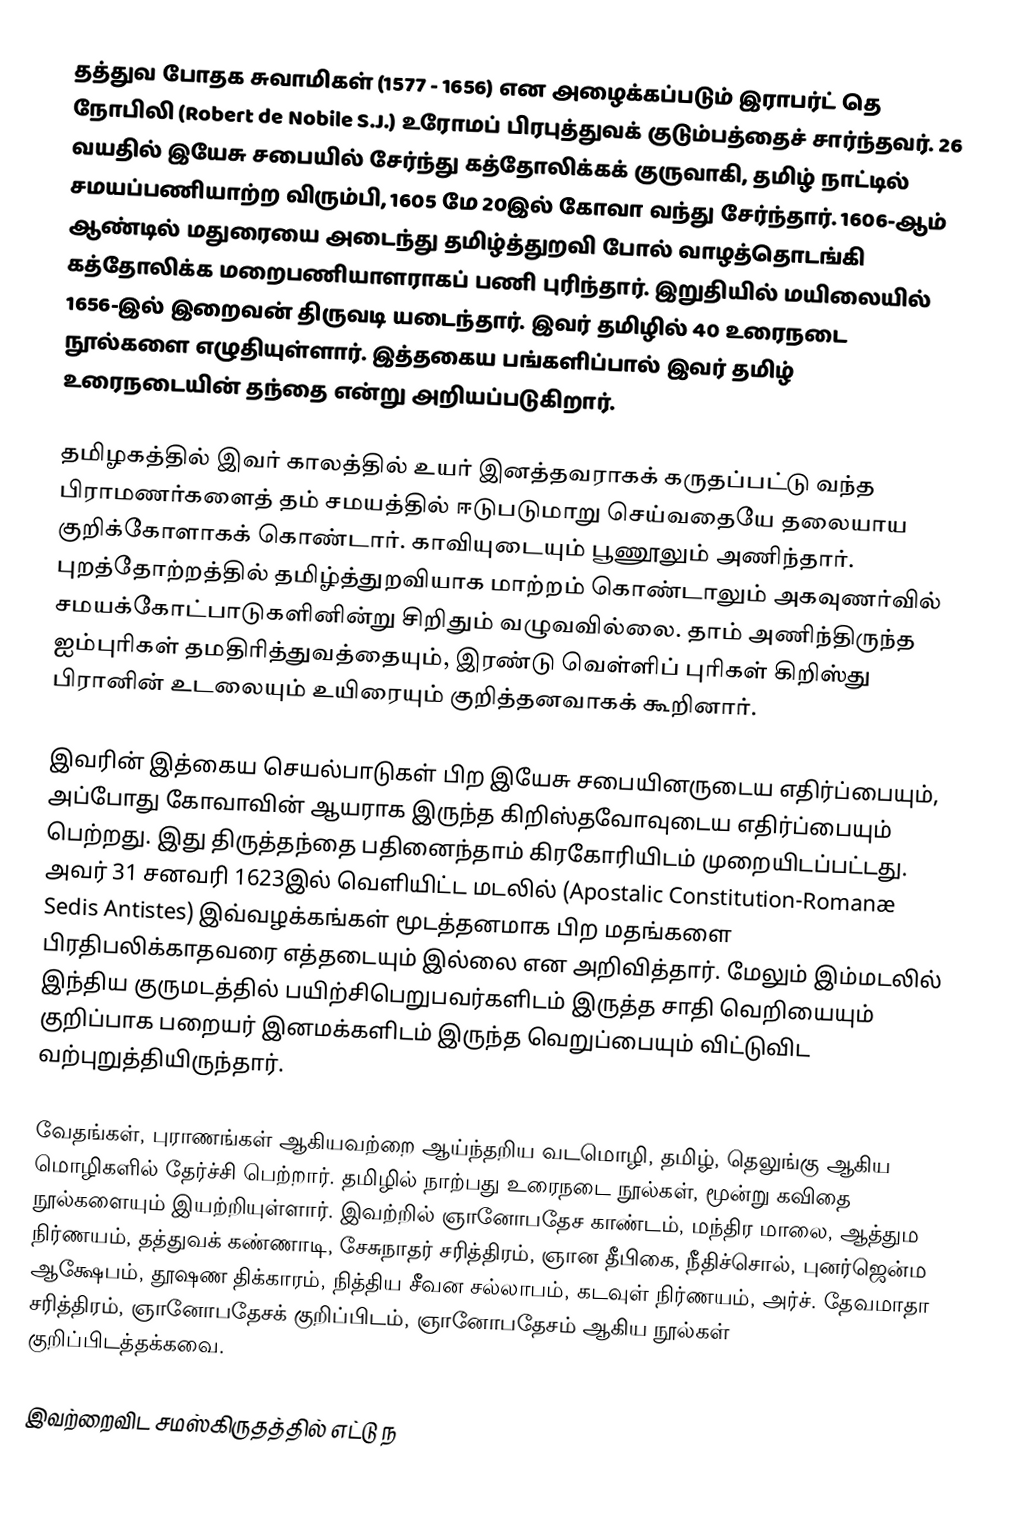
தத்துவ போதக சுவாமிகள் (1577 - 1656) என அழைக்கப்படும் இராபர்ட் தெ நோபிலி (Robert de Nobile S.J.) உரோமப் பிரபுத்துவக் குடும்பத்தைச் சார்ந்தவர். 26 வயதில் இயேசு சபையில் சேர்ந்து கத்தோலிக்கக் குருவாகி, தமிழ் நாட்டில் சமயப்பணியாற்ற விரும்பி, 1605 மே 20இல் கோவா வந்து சேர்ந்தார். 1606-ஆம் ஆண்டில் மதுரையை அடைந்து தமிழ்த்துறவி போல் வாழத்தொடங்கி கத்தோலிக்க மறைபணியாளராகப் பணி புரிந்தார். இறுதியில் மயிலையில் 1656-இல் இறைவன் திருவடி யடைந்தார்.  இவர் தமிழில் 40 உரைநடை நூல்களை எழுதியுள்ளார்.  இத்தகைய பங்களிப்பால் இவர் தமிழ் உரைநடையின் தந்தை என்று அறியப்படுகிறார்.

தமிழகத்தில் இவர் காலத்தில் உயர் இனத்தவராகக் கருதப்பட்டு வந்த பிராமணர்களைத் தம் சமயத்தில் ஈடுபடுமாறு செய்வதையே தலையாய குறிக்கோளாகக் கொண்டார். காவியுடையும் பூணூலும் அணிந்தார். புறத்தோற்றத்தில் தமிழ்த்துறவியாக மாற்றம் கொண்டாலும் அகவுணர்வில் சமயக்கோட்பாடுகளினின்று சிறிதும் வழுவவில்லை. தாம் அணிந்திருந்த ஐம்புரிகள் தமதிரித்துவத்தையும், இரண்டு வெள்ளிப் புரிகள் கிறிஸ்து பிரானின் உடலையும் உயிரையும் குறித்தனவாகக் கூறினார்.

இவரின் இத்கைய செயல்பாடுகள் பிற இயேசு சபையினருடைய எதிர்ப்பையும், அப்போது கோவாவின் ஆயராக இருந்த கிறிஸ்தவோவுடைய எதிர்ப்பையும் பெற்றது. இது திருத்தந்தை பதினைந்தாம் கிரகோரியிடம் முறையிடப்பட்டது. அவர் 31 சனவரி 1623இல் வெளியிட்ட மடலில் (Apostalic Constitution-Romanæ Sedis Antistes) இவ்வழக்கங்கள் மூடத்தனமாக பிற மதங்களை பிரதிபலிக்காதவரை எத்தடையும் இல்லை என அறிவித்தார். மேலும் இம்மடலில் இந்திய குருமடத்தில் பயிற்சிபெறுபவர்களிடம் இருத்த சாதி வெறியையும் குறிப்பாக பறையர் இனமக்களிடம் இருந்த வெறுப்பையும் விட்டுவிட வற்புறுத்தியிருந்தார்.

வேதங்கள், புராணங்கள் ஆகியவற்றை ஆய்ந்தறிய வடமொழி, தமிழ், தெலுங்கு ஆகிய மொழிகளில் தேர்ச்சி பெற்றார். தமிழில் நாற்பது உரைநடை நூல்கள், மூன்று கவிதை நூல்களையும் இயற்றியுள்ளார். இவற்றில் ஞானோபதேச காண்டம், மந்திர மாலை, ஆத்தும நிர்ணயம், தத்துவக் கண்ணாடி, சேசுநாதர் சரித்திரம், ஞான தீபிகை, நீதிச்சொல், புனர்ஜென்ம ஆக்ஷேபம், தூஷண திக்காரம், நித்திய சீவன சல்லாபம், கடவுள் நிர்ணயம், அர்ச். தேவமாதா சரித்திரம், ஞானோபதேசக் குறிப்பிடம், ஞானோபதேசம் ஆகிய நூல்கள் குறிப்பிடத்தக்கவை.

இவற்றைவிட சமஸ்கிருதத்தில் எட்டு ந